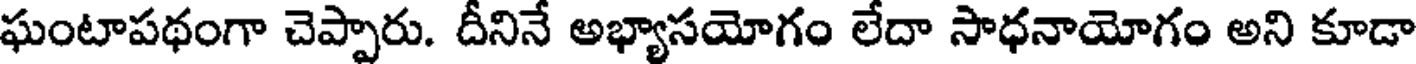
ఘంటాపథంగా చెప్పారు. దీనినే అభ్యాసయోగం లేదా సాధనాయోగం అని కూడా